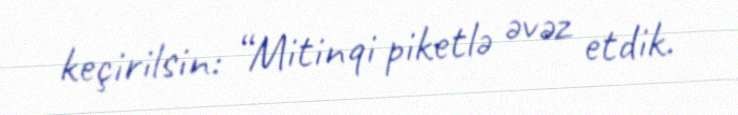
keçirilsin: “Mitinqi piketlə əvəz etdik.